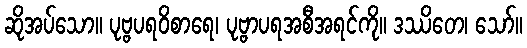
ဆိုအပ်သော။ ပုဗ္ဗပရဝိစာရေ၊ ပုဗ္ဗာပရအစီအရင်ကို။ ဒဿိတေ၊ သော်။